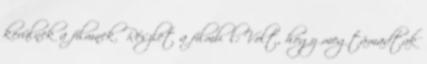
kerülnek a filmnek. Részlet a filmből: Volt, hogy megtámadtak